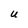
Character: U